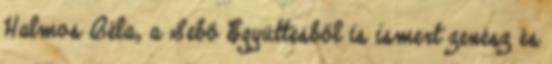
Halmos Béla, a Sebő Együttesből is ismert zenész és